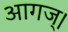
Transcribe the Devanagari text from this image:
आगज्।